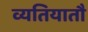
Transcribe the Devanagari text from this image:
व्यतियातौ